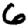
Digit: 6